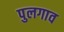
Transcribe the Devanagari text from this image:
पुलगाव